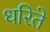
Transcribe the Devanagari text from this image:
धरिते